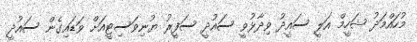
މުހައްމަދު ޝަހީމް އަލީ ސައީދު ވިދާޅުވީ ސައުދީ ސަފީރު ޔުނިވަސިޓީއަށް ވަޑައިގެން ސައުދީ